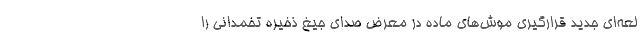
لعه‌ای جدید قرارگیری موش‌های ماده در معرض صدای جیغ ذخیره تخمدانی را